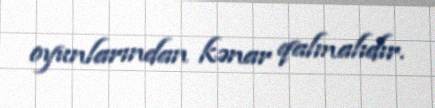
oyunlarından kənar qalmalıdır.